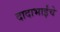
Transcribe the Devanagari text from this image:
दादाभाईंचे